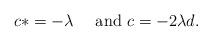
LaTeX: \begin{align*}c*=-\lambda\quad\textrm{ and }c=-2\lambda d.\end{align*}